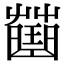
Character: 𧀍